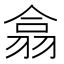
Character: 翕